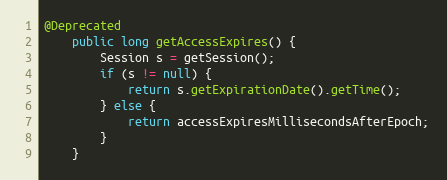
Language: Java
@Deprecated
    public long getAccessExpires() {
        Session s = getSession();
        if (s != null) {
            return s.getExpirationDate().getTime();
        } else {
            return accessExpiresMillisecondsAfterEpoch;
        }
    }